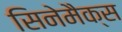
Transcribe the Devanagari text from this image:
सिनेमैक्स